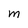
Character: M